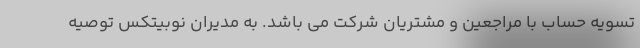
تسویه حساب با مراجعین و مشتریان شرکت می باشد. به مدیران نوبیتکس توصیه